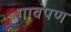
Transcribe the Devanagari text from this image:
गावपण